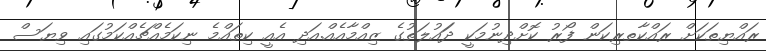
ރައްޔިތަކަށް ރައްކާތރިކަން ފޯރު ކޮށްދިނުމަކީ ދަައުލަތުގެ ޒިއްމާއެއް.އަދި އެއީ ކިތައްމެ ނިކަމެއްޗެއްކަމުގައި ވިޔަސް